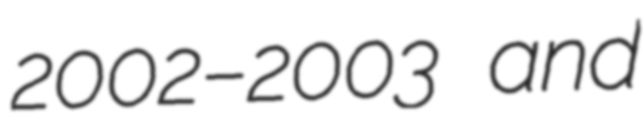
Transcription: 2002–2003 and